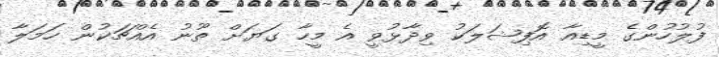
ފުލުހުންގެ މީޑިއާ އޮފިޝަލަކު ވިދާޅުވީ އެ މީހާ ގަޔަށް ތޫނު އެއްޗަކުން ހަމަލާ